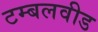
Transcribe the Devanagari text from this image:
टम्बलवीड